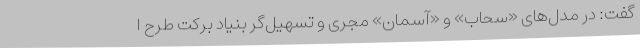
گفت: در مدل‌های «سحاب» و «آسمان» مجری و تسهیل‌گر بنیاد برکت طرح ا